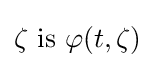
\zeta {\text{ is }}\varphi (t,\zeta )